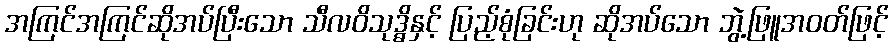
အကြင်အကြင်ဆိုအပ်ပြီးသော သီလဝိသုဒ္ဓိနှင့် ပြည့်စုံခြင်းဟု ဆိုအပ်သော ဘွဲ့ဖြူအဝတ်ဖြင့်